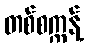
တစ်စက္ကန့်